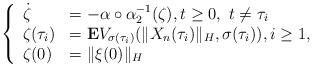
LaTeX: \begin{align*} \left\{ \begin{array}{ll} \dot{\zeta}&=-\alpha\circ\alpha_{2}^{-1}(\zeta),t\geq0,~t\neq \tau_{i}\\\zeta(\tau_{i})&=\mathbf{E}V_{\sigma(\tau_{i})}(\|X_{n}(\tau_{i})\|_{H},\sigma(\tau_{i})),i\geq 1,\:\\\zeta(0)&=\|\xi(0)\|_{H}\end{array} \right.\end{align*}